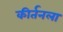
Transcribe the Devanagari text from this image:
कीर्तनला